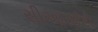
સીઆરઈટી